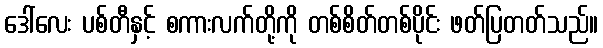
ဒေါ်လေး ပစ်တီနှင့် စကားလက်တို့ကို တစ်စိတ်တစ်ပိုင်း ဖတ်ပြတတ်သည်။